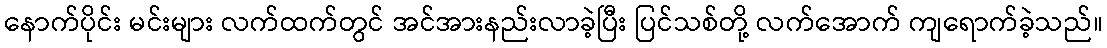
နောက်ပိုင်း မင်းများ လက်ထက်တွင် အင်အားနည်းလာခဲ့ပြီး ပြင်သစ်တို့ လက်အောက် ကျရောက်ခဲ့သည်။